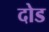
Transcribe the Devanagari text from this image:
दोड